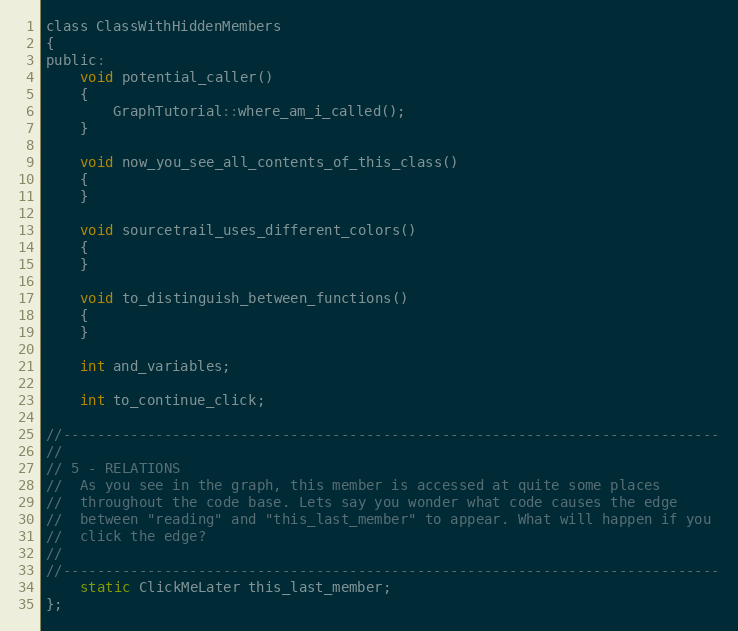
Language: C
class ClassWithHiddenMembers
{
public:
	void potential_caller()
	{
		GraphTutorial::where_am_i_called();
	}

	void now_you_see_all_contents_of_this_class()
	{
	}

	void sourcetrail_uses_different_colors()
	{
	}

	void to_distinguish_between_functions()
	{
	}

	int and_variables;

	int to_continue_click;

//------------------------------------------------------------------------------
//
// 5 - RELATIONS
//  As you see in the graph, this member is accessed at quite some places
//  throughout the code base. Lets say you wonder what code causes the edge
//  between "reading" and "this_last_member" to appear. What will happen if you
//  click the edge?
//
//------------------------------------------------------------------------------
	static ClickMeLater this_last_member;
};